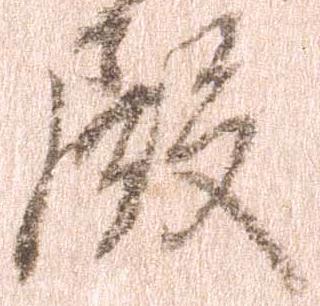
殿